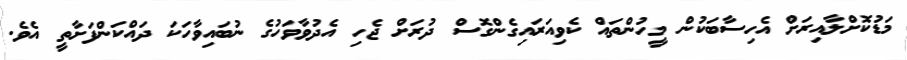
މަޑުކޮށްލާއިރަށް އެހިސާބަކުން މީހުންތައް ކެވިއަރައިގެންގޮސް ދުރަށް ޖެހި އެދުވާވަހުގެ ނުބައިވާހަކަ ދައްކަންފަށާތީ އެވެ.